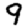
Digit: 9